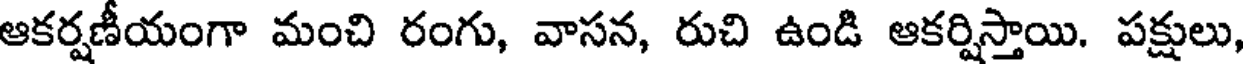
ఆకర్షణీయంగా మంచి రంగు, వాసన, రుచి ఉండి ఆకర్షిస్తాయి. పక్షులు,